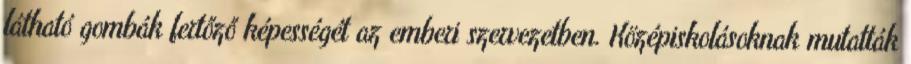
látható gombák fertőző képességét az emberi szervezetben. Középiskolásoknak mutatták